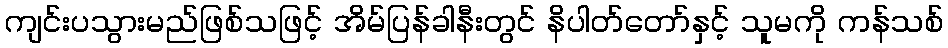
ကျင်းပသွားမည်ဖြစ်သဖြင့် အိမ်ပြန်ခါနီးတွင် နိပါတ်တော်နှင့် သူမကို ကန်သစ်